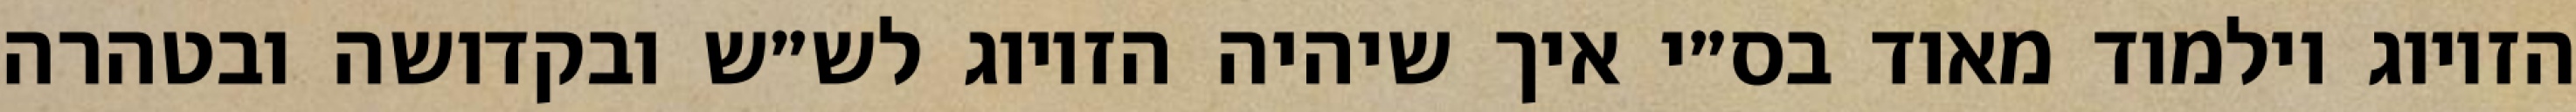
הזיווג וילמוד מאוד בס״י איך שיהיה הזיווג לש״ש ובקדושה ובטהרה